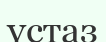
үстаз